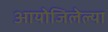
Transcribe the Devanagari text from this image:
आयोजिलेल्या